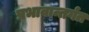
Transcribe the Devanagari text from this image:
प्रभावान्तर्गत